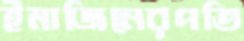
ইমাজিনেরপতি